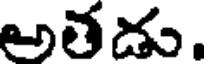
అతడు.